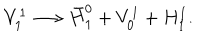
V _ { 1 } ^ { 1 } \longrightarrow \bar { H } _ { 1 } ^ { 0 } + V _ { 0 } ^ { 1 } + H _ { 1 } ^ { 1 } .